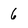
Character: 6